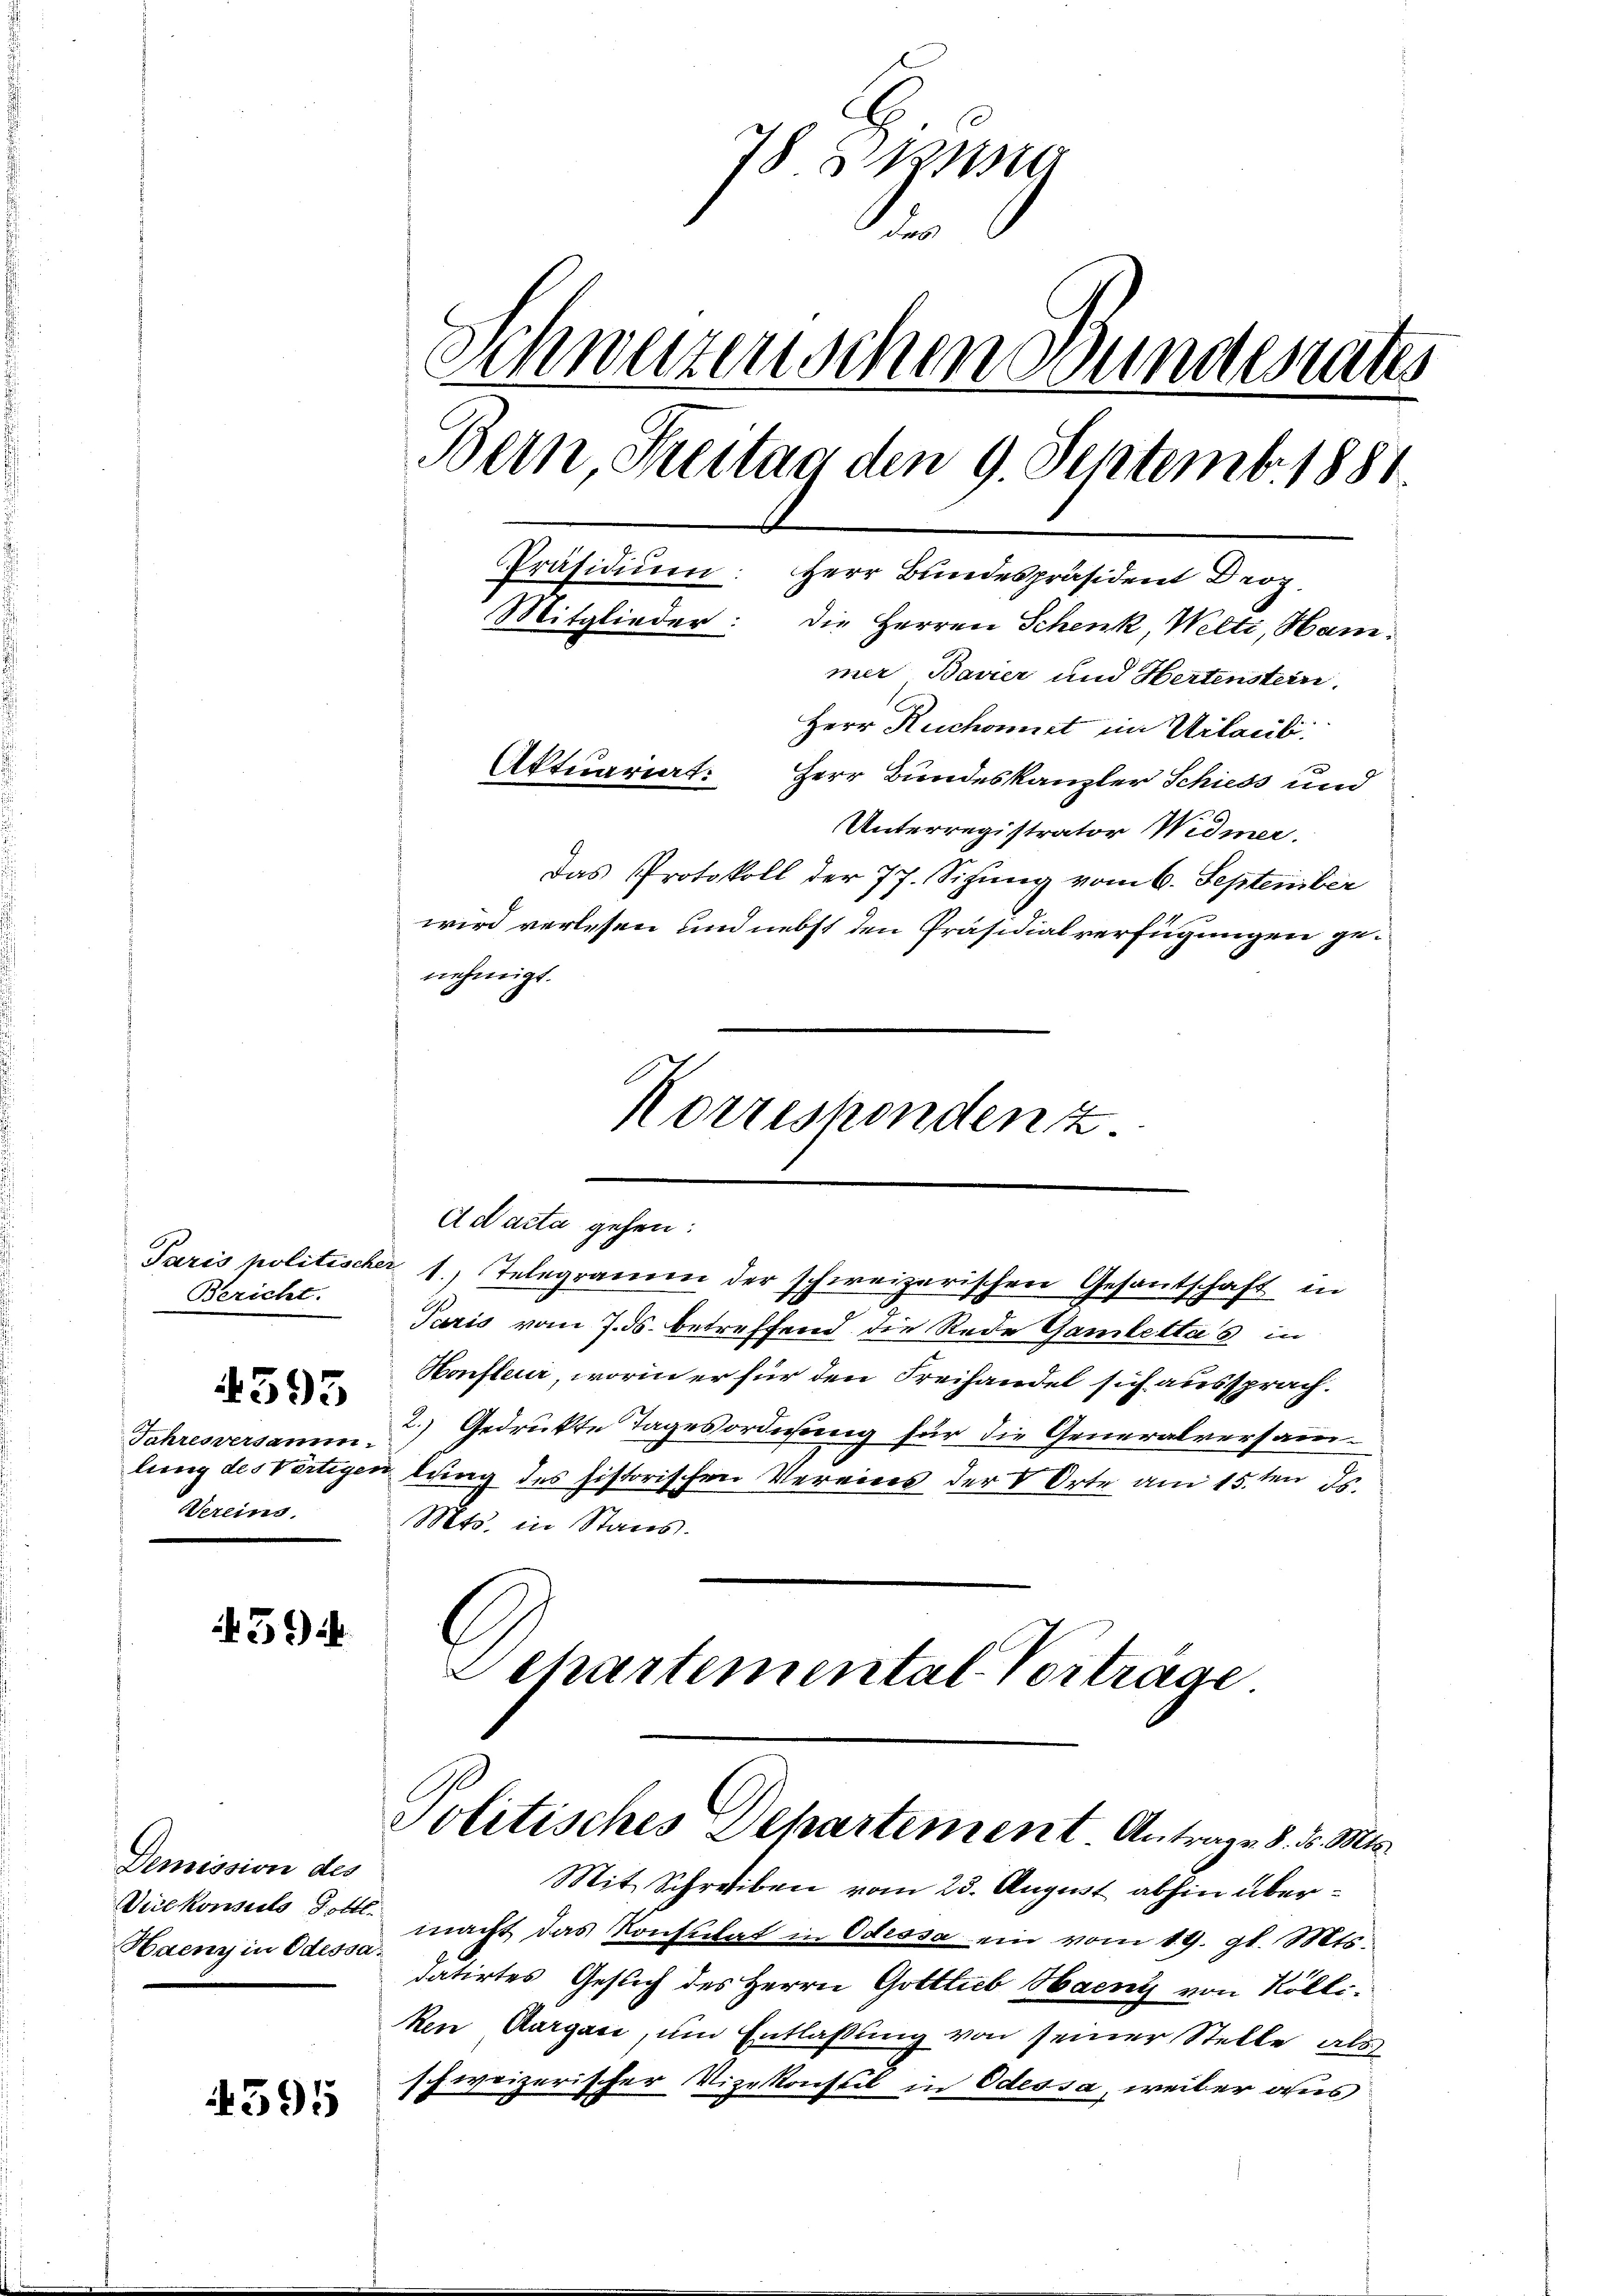
Bericht.

Jahresversamm
Wereins.

4395

3) i

Demission des
Vicekonsuls Gottl.
Haeny in Odessa¬

4595

78 § 110
der
.
Schwerzenschen Bundesrates
Bern Freitag den 9. Septemb. 1881.
Präsidium: Herr Bundespräsident Droz.
Mitglieder: die Herren Schenk, Welti, Hammer, Baurer und Hertenstein.
Herr Ruchomit im Urlaub.
Aktuariat.
Herr Bundeskanzler Schiess und
Unterregistrator Widmer.
Das Protokoll der 77. Sitzung vom 6. September
wird verlesen und nebst den Präsidialverfügungen genehmigt.

Ad acta gehen:
Paris politischer 1. Telegramm der schweizerischen Gesantschaft in
Paris vom 7. ds. betreffend die Rede Gamlettas in
Honfleur, worin er für den Freihandel sich aussprach.
2.) Gedrukte Tagesordnung für die Generalversammlung des Vertigen lang des historischen Vereins der Orte am 15ten ds.
Mts. in Stans.

Korresponden z

Politisches Departement Antragen 8. d. Mts.
Mit Schreiben vom 23. August abhin über¬

Separtemental-Vortrage

macht das Konsulat in Odessa ein vom 19. gl. Mts.
datirtes Gesuch des Herrn Gottlieb Haeny von Rölliken Aargau, um Entlaßung von seiner Stelle als
schweizerischer Vizekonstil in Odessa, weil er aus